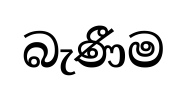
බැණීම